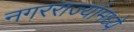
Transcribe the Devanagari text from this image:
नगरराज्यांमध्ये